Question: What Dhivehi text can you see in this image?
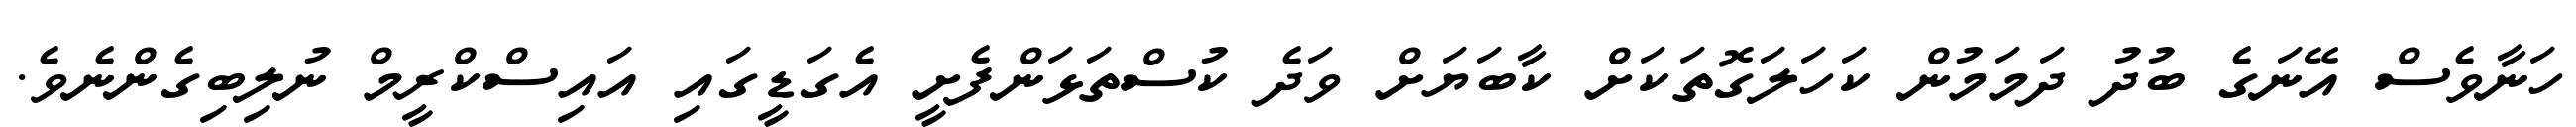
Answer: ހަނާވެސް އޭނަގެ ބުދު ދަމަމުން ކަހަލަގޮތަކަށް ކާބަޔަށް ވަދެ ކުސްތަޅަންފެށީ އެގަޑީގައި އައިސްކްރީމް ނުލިބިގެންނެވެ.